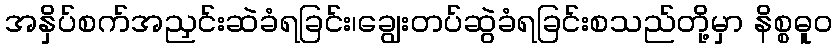
အနှိပ်စက်အညှင်းဆဲခံရခြင်း၊ချွေးတပ်ဆွဲခံရခြင်းစသည်တို့မှာ နိစ္စဓူဝ